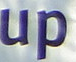
up